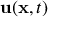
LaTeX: \mathbf { u } ( \mathbf { x } , t )